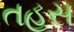
તહસ